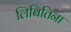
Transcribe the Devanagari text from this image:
लिबितिना